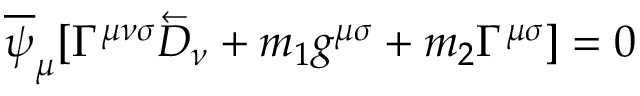
\overline { { { \psi } } } _ { \mu } [ \Gamma ^ { \mu \nu \sigma } \overleftarrow { D } _ { \nu } + m _ { 1 } g ^ { \mu \sigma } + m _ { 2 } \Gamma ^ { \mu \sigma } ] = 0